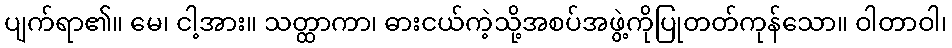
ပျက်ရာ၏။ မေ၊ ငါ့အား။ သတ္ထာကာ၊ ဓားငယ်ကဲ့သို့အစပ်အဖွဲ့ကိုပြုတတ်ကုန်သော။ ဝါတာဝါ၊